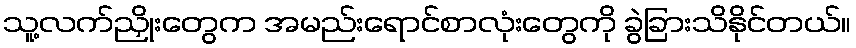
သူ့လက်ညှိုးတွေက အမည်းရောင်စာလုံးတွေကို ခွဲခြားသိနိုင်တယ်။